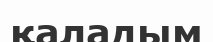
қаладым